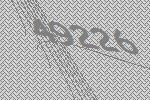
49226